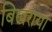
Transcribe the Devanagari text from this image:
बिखराया